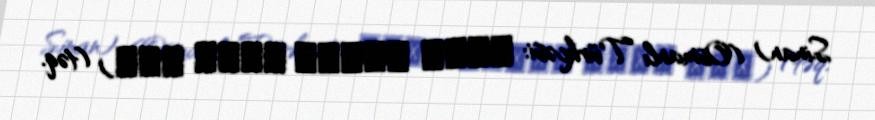
Sinan) (Osmanlı Türkcəsi: قوجه معمار سنان آغا) (təq.